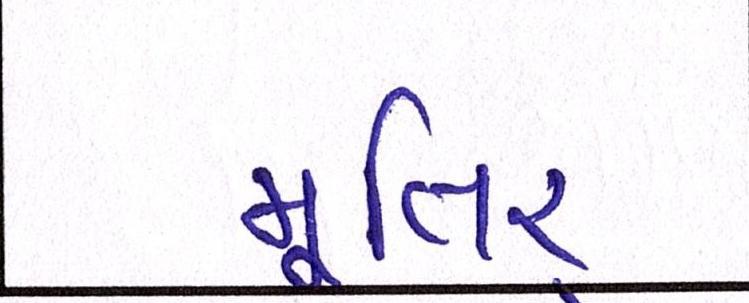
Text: મૂતિર્